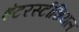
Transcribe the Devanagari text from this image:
इंटरस्टीशियल